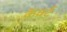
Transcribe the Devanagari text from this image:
कॅवर्ट